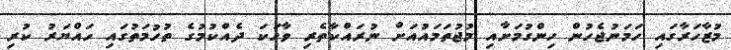
މުޒާހަރާގައި ހަމަނުޖެހުން ހިންގުމަށާއި މުޖުތަމައުއަށް ނުރައްކާތެރި ވާހަކަ ދެއްކުމުގެ ތުހުމަތުގައި ހައްޔަރު ކުރި